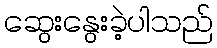
ဆွေးနွေးခဲ့ပါသည်